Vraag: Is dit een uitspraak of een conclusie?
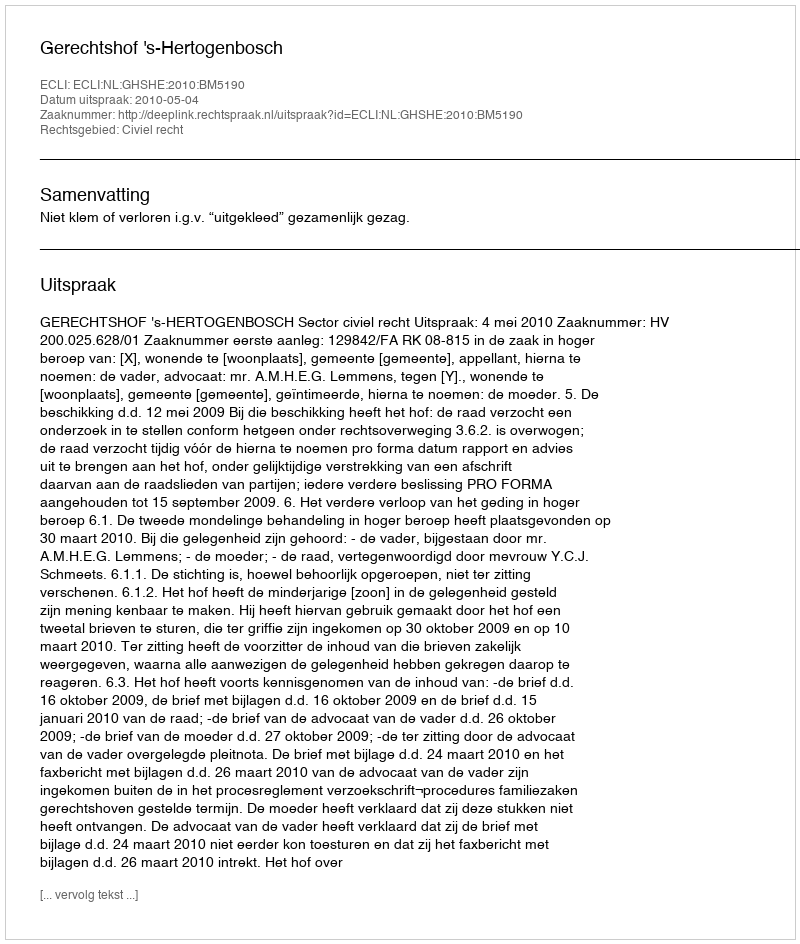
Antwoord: Uitspraak